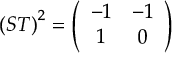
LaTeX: \left( S T \right) ^ { 2 } = \left( \begin{array} { c c } { { - 1 } } & { { - 1 } } \\ { { 1 } } & { { 0 } } \end{array} \right)